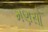
મણસો